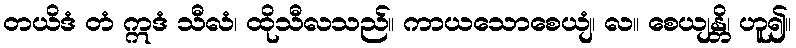
တယိဒံ တံ ဣဒံ သီလံ၊ ထိုသီလသည်။ ကာယသောစေယျံ၊ လ။ စေယျန္တိ၊ ဟူ၍။